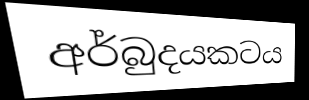
අර්බුදයකටය